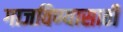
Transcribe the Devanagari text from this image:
गाजविण्यासाठी